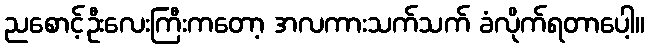
ညစောင့်ဦးလေးကြီးကတော့ အလကားသက်သက် ခံလိုက်ရတာပေါ့။